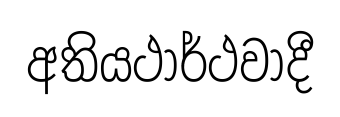
අතියථාර්ථවාදී